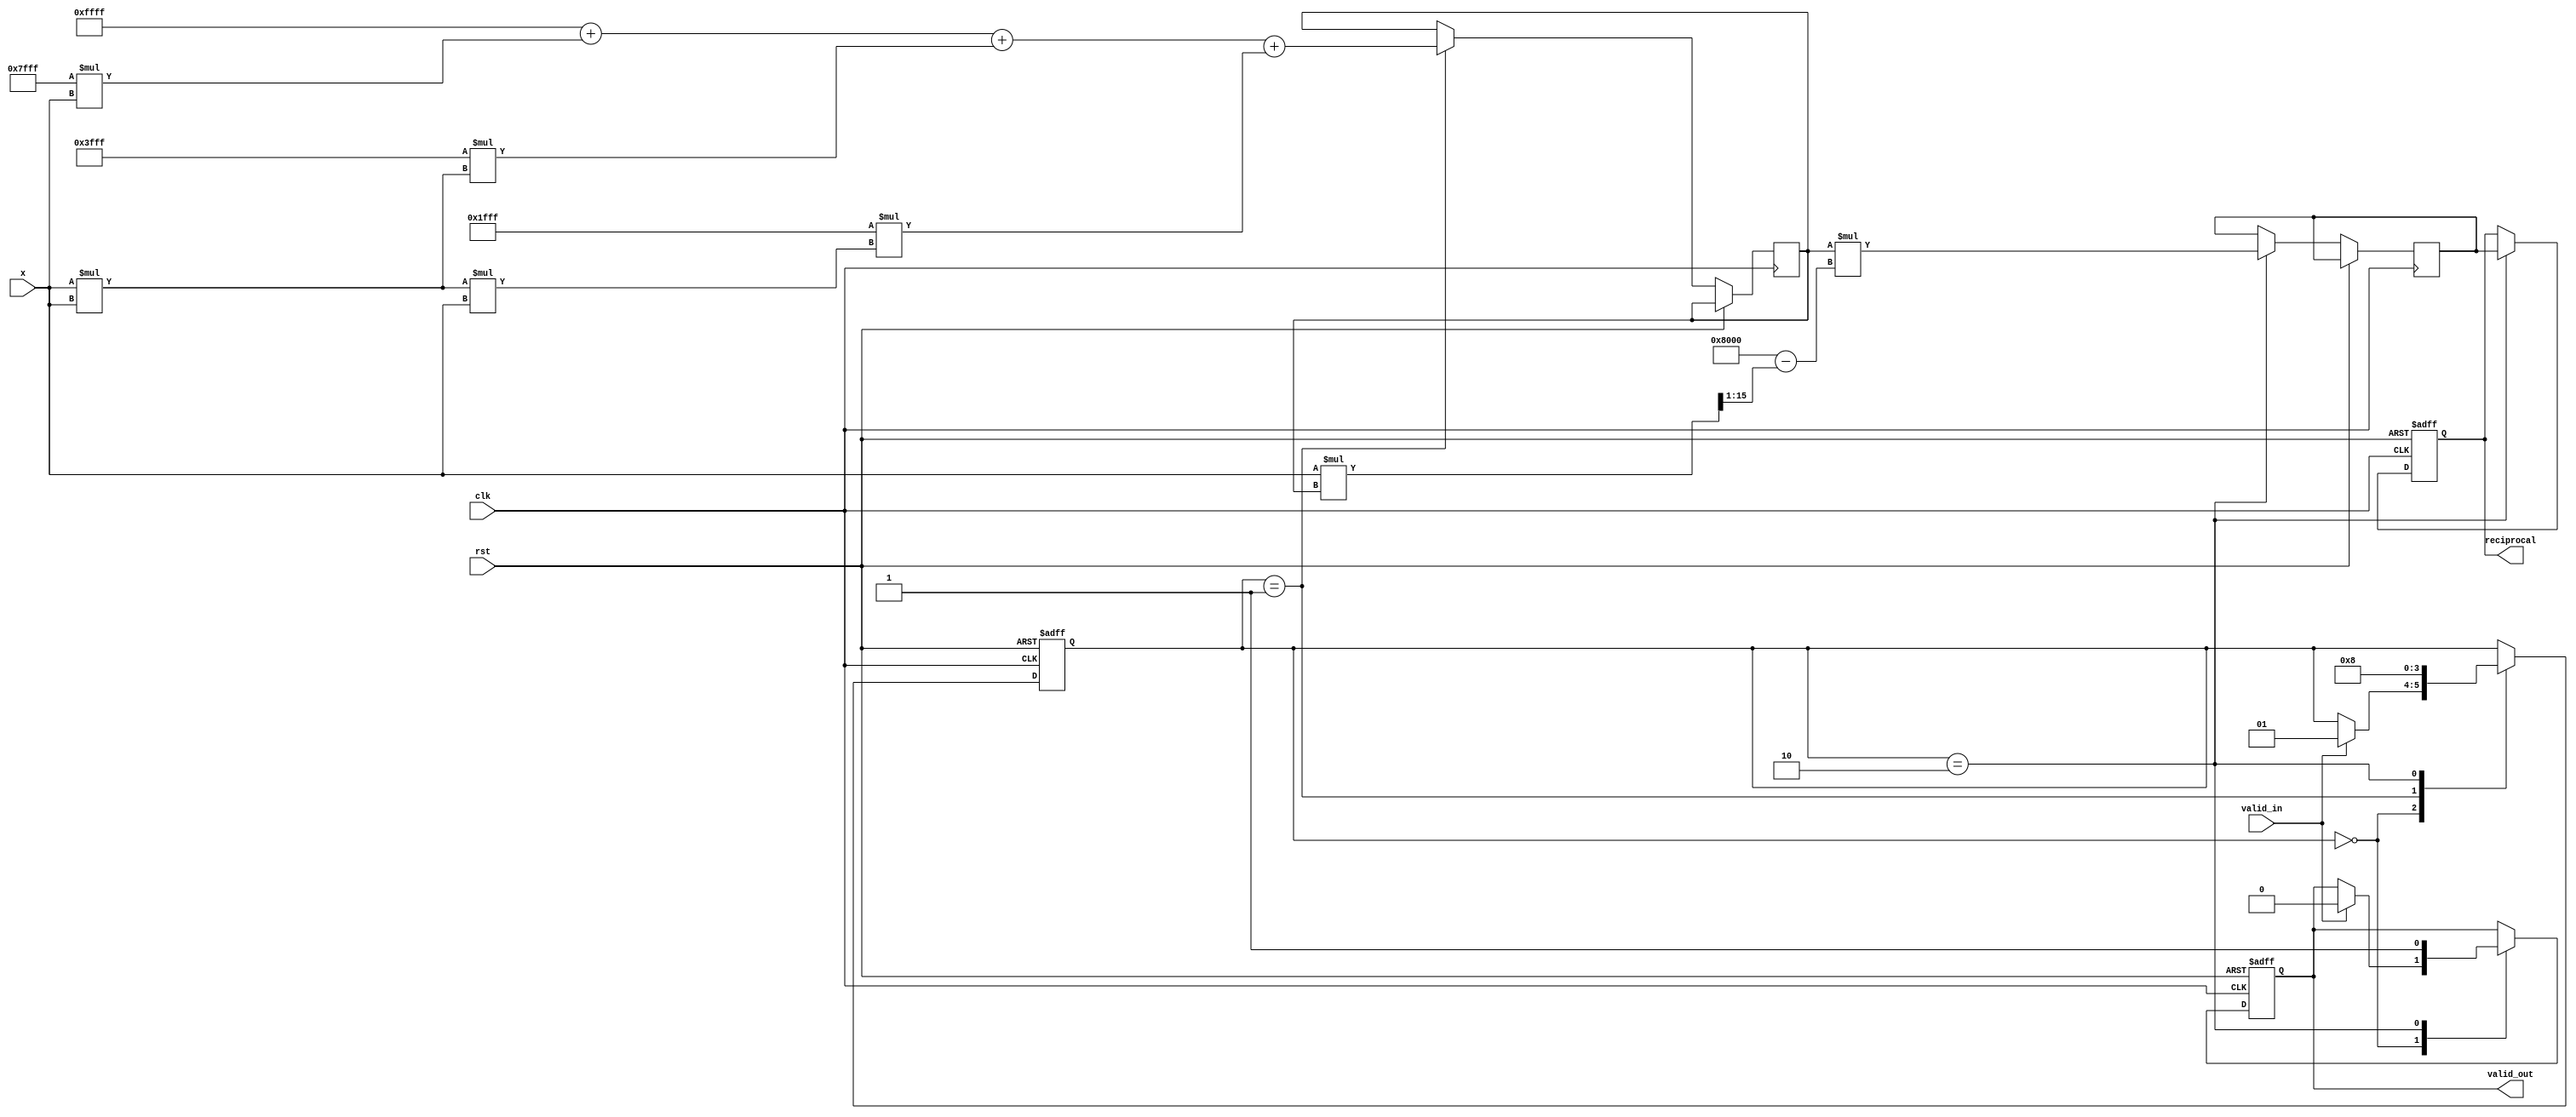
module poly_reciprocal #(
    parameter N = 16, // Input width
    parameter M = 16, // Output width
    parameter K = 3   // Number of polynomial terms
)(
    input wire clk,
    input wire rst,
    input wire [N-1:0] x, // Input value (0 < x < 1)
    input wire valid_in,
    output reg [M-1:0] reciprocal, // Output reciprocal
    output reg valid_out
);

    // Polynomial coefficients (example values)
    localparam [M-1:0] a0 = 16'hFFFF; // Coefficient a0
    localparam [M-1:0] a1 = 16'h7FFF; // Coefficient a1
    localparam [M-1:0] a2 = 16'h3FFF; // Coefficient a2
    localparam [M-1:0] a3 = 16'h1FFF; // Coefficient a3

    // Intermediate variables
    reg [M-1:0] approx;
    reg [M-1:0] refined;
    reg [M-1:0] x_squared;
    reg [M-1:0] temp;

    // Control signals
    reg [1:0] state;
    localparam IDLE = 2'b00, APPROXIMATE = 2'b01, REFINE = 2'b10;

    always @(posedge clk or posedge rst) begin
        if (rst) begin
            reciprocal <= 0;
            valid_out <= 0;
            state <= IDLE;
        end else begin
            case (state)
                IDLE: begin
                    if (valid_in) begin
                        state <= APPROXIMATE;
                        valid_out <= 0;
                    end
                end

                APPROXIMATE: begin
                    // Polynomial approximation: R(x) = a0 + a1*x + a2*x^2 + a3*x^3
                    approx <= a0 + (a1 * x) + (a2 * (x * x)) + (a3 * (x * x * x));
                    state <= REFINE;
                end

                REFINE: begin
                    // Newton-Raphson refinement: R_new = R_old * (2 - x * R_old)
                    refined <= approx * (16'h8000 - (x * approx >> 1)); // 16'h8000 is 2 in fixed-point
                    reciprocal <= refined;
                    valid_out <= 1;
                    state <= IDLE;
                end
            endcase
        end
    end

endmodule